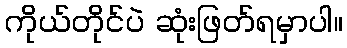
ကိုယ်တိုင်ပဲ ဆုံးဖြတ်ရမှာပါ။